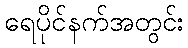
ရေပိုင်နက်အတွင်း